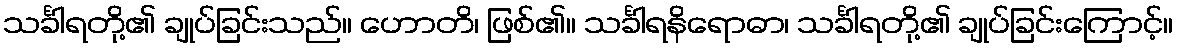
သင်္ခါရတို့၏ ချုပ်ခြင်းသည်။ ဟောတိ၊ ဖြစ်၏။ သင်္ခါရနိရောဓာ၊ သင်္ခါရတို့၏ ချုပ်ခြင်းကြောင့်။